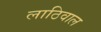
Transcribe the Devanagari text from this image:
लाठिवाल